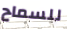
للسماح